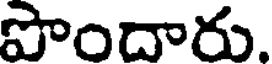
పొందారు.